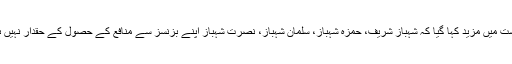
درخواست میں مزید کہا گیا کہ شہباز شریف، حمزہ شہباز، سلمان شہباز، نصرت شہباز اپنے بزنسز سے منافع کے حصول کے حقدار نہیں ہونگے۔